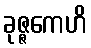
ခုဇ္ဇကေဟိ